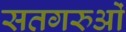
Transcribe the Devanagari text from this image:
सतगरुओं